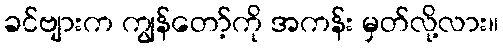
ခင်ဗျားက ကျွန်တော့်ကို အကန်း မှတ်လို့လား။